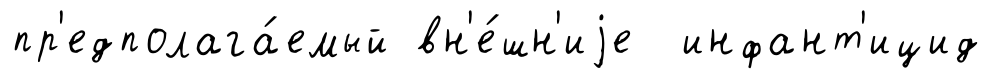
пр'едполага́емый вн'е́шн'иjе инфант'ицид